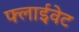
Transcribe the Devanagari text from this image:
फ्लाईवेट